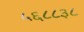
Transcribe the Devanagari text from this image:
५६८८३८